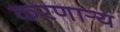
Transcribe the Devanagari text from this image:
करणार्‍य